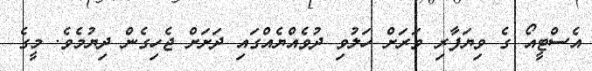
އެސްޓީއޯ ގެ ވިޔަފާރި ވަރަށް ހަލުވި ދުވެއްޔެއްގައި ދަށަށް ޖެހިގެން ދިޔުމެވެ. މީގެ